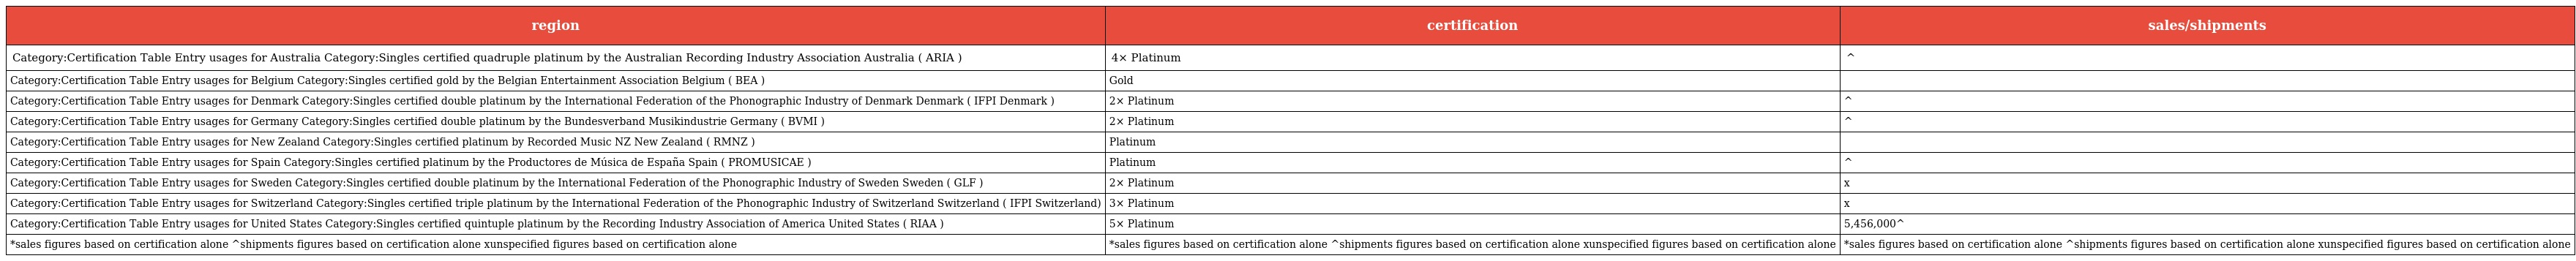
| region | certification | sales/shipments |
 | --- | --- | --- |
 | Category:Certification Table Entry usages for Australia Category:Singles certified quadruple platinum by the Australian Recording Industry Association Australia ( ARIA ) | 4× Platinum | ^ |
 | Category:Certification Table Entry usages for Belgium Category:Singles certified gold by the Belgian Entertainment Association Belgium ( BEA ) | Gold |  |
 | Category:Certification Table Entry usages for Denmark Category:Singles certified double platinum by the International Federation of the Phonographic Industry of Denmark Denmark ( IFPI Denmark ) | 2× Platinum | ^ |
 | Category:Certification Table Entry usages for Germany Category:Singles certified double platinum by the Bundesverband Musikindustrie Germany ( BVMI ) | 2× Platinum | ^ |
 | Category:Certification Table Entry usages for New Zealand Category:Singles certified platinum by Recorded Music NZ New Zealand ( RMNZ ) | Platinum |  |
 | Category:Certification Table Entry usages for Spain Category:Singles certified platinum by the Productores de Música de España Spain ( PROMUSICAE ) | Platinum | ^ |
 | Category:Certification Table Entry usages for Sweden Category:Singles certified double platinum by the International Federation of the Phonographic Industry of Sweden Sweden ( GLF ) | 2× Platinum | x |
 | Category:Certification Table Entry usages for Switzerland Category:Singles certified triple platinum by the International Federation of the Phonographic Industry of Switzerland Switzerland ( IFPI Switzerland) | 3× Platinum | x |
 | Category:Certification Table Entry usages for United States Category:Singles certified quintuple platinum by the Recording Industry Association of America United States ( RIAA ) | 5× Platinum | 5,456,000^ |
 | *sales figures based on certification alone ^shipments figures based on certification alone xunspecified figures based on certification alone | *sales figures based on certification alone ^shipments figures based on certification alone xunspecified figures based on certification alone | *sales figures based on certification alone ^shipments figures based on certification alone xunspecified figures based on certification alone |